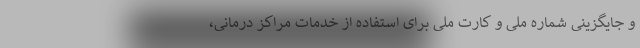
و جایگزینی شماره ملی و کارت ملی برای استفاده از خدمات مراکز درمانی،